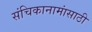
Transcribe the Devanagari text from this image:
संचिकानामांसाठी